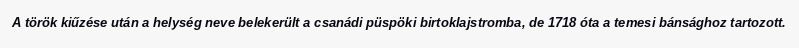
A török kiűzése után a helység neve belekerült a csanádi püspöki birtoklajstromba, de 1718 óta a temesi bánsághoz tartozott.